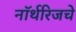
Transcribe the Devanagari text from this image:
नॉर्थरिजचे